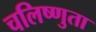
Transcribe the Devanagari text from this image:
चलिष्णुता